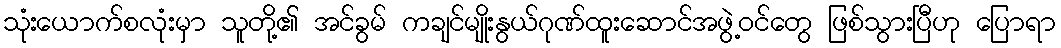
သုံးယောက်စလုံးမှာ သူတို့၏ အင်ခွမ် ကချင်မျိုးနွယ်ဂုဏ်ထူးဆောင်အဖွဲ့ဝင်တွေ ဖြစ်သွားပြီဟု ပြောရာ